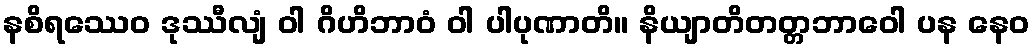
နစိရဿေဝ ဒုဿီလျံ ဝါ ဂိဟိဘာဝံ ဝါ ပါပုဏာတိ။ နိယျာတိတတ္တဘာဝေါ ပန နေဝ